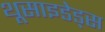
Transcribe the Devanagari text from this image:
थूसाइडेड्स